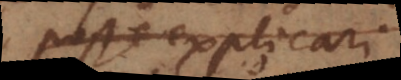
posse explicari;